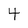
Character: 4